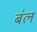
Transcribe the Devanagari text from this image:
ब॑ल